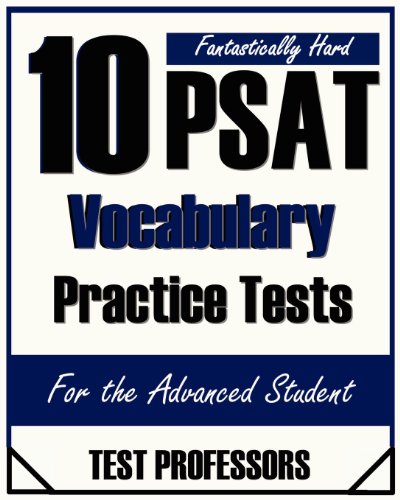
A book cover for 10 Fantastically Hard PSAT Vocabulary Practice Tests; Paul G Simpson IV; Test Preparation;